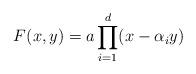
LaTeX: \begin{align*} F(x,y) = a\prod_{i=1}^d ( x - \alpha_i y) \end{align*}